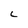
Character: C